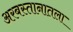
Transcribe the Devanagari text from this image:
अरबस्तानातला